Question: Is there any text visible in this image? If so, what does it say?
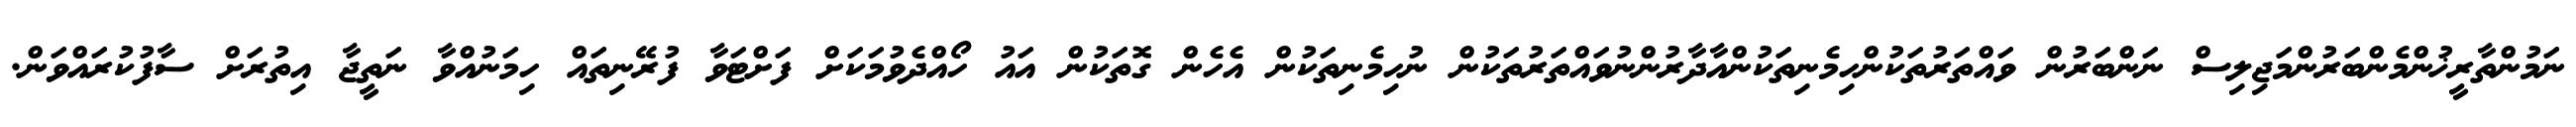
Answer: ނަމުންތާރީޚުންމެންބަރުންމަޖިލިސް ނަންބަރުން ވައްތަރުތަކުންހިމެނިތަކުންއާދާރުންނުވައްތަރުތަކުން ނުހިމެނިތަކުން އެހެން ގޮތަކުން އައު ހޯއްދެވުމަކަށް ފަށްޓަވާ ފުރޭނިތައް ހިމަނުއްވާ ނަތީޖާ އިތުރަށް ސާފުކުރައްވަން.